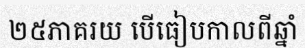
២៥ភាគរយ បើធៀបកាលពីឆ្នាំ